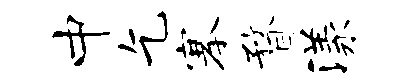
中乞搴瞀漾